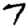
Digit: 7